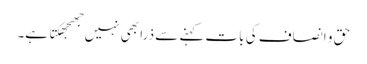
حق و انصاف کی بات کہنے سے ذرا بھی نہیں جھجھکتا ہے۔